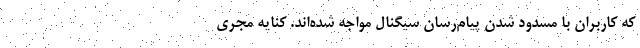
که کاربران با مسدود شدن پیام‌رسان سیگنال مواجه شده‌اند. کنایه مجری